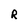
Character: R